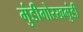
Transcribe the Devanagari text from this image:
मुंडीगोरखमुंडी